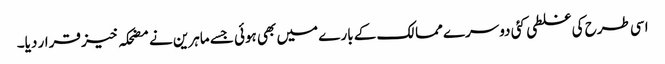
اسی طرح کی غلطی کئی دوسرے ممالک کے بارے میں بھی ہوئی جسے ماہرین نے مضحکہ خیز قرار دیا۔